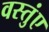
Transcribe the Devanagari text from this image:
वस्तुंए